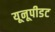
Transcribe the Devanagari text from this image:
यूनूपीडट